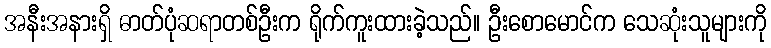
အနီးအနားရှိ ဓာတ်ပုံဆရာတစ်ဦးက ရိုက်ကူးထားခဲ့သည်။ ဦးစောမောင်က သေဆုံးသူများကို